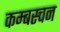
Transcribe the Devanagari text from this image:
कम्बस्चन